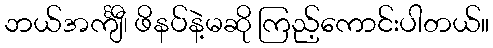
ဘယ်အင်္ကျီ၊ ဖိနပ်နဲ့မဆို ကြည့်ကောင်းပါတယ်။